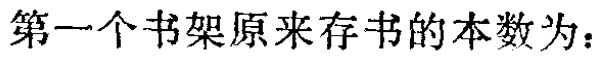
第一个书架原来存书的本数为：